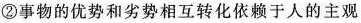
②事物的优势和劣势相互转化依赖于人的主观